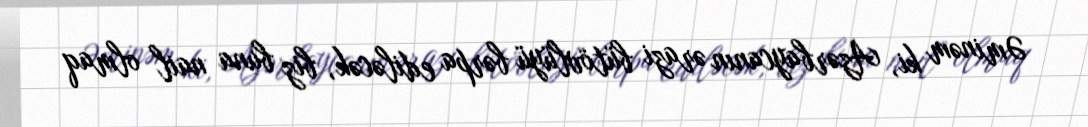
Əminəm ki, Azərbaycanın ərazi bütövlüyü bərpa ediləcək, biz buna nail olmaq